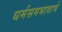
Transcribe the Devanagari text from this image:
धर्मसमभावाचे